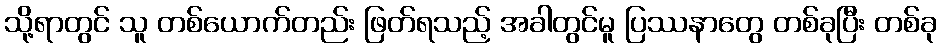
သို့ရာတွင် သူ တစ်ယောက်တည်း ဖြတ်ရသည့် အခါတွင်မူ ပြဿနာတွေ တစ်ခုပြီး တစ်ခု